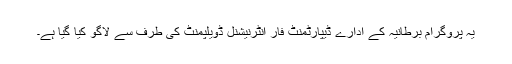
یہ پروگرام برطانیہ کے ادارے ڈیپارٹمنٹ فار انٹرنیشنل ڈویلپمنٹ کی طرف سے لاگو کیا گیا ہے۔